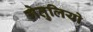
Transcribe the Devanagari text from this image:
गेतुलियो